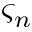
\varsigma _ { n }